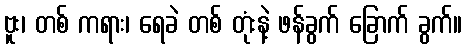
ဗူး၊ တစ် ကရား၊ ရေခဲ တစ် တုံးနဲ့ ဖန်ခွက် ခြောက် ခွက်။